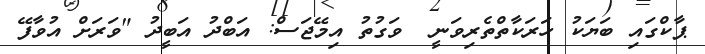
ޕާކްގައި ބަޔަކު ހަރަކާތްތެރިވަނީ  ވަގުތު އިމޭޖަސް: އަބްދު އަބީދު "ވަރަށް އުވާފޭ